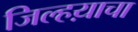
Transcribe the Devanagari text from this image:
जिल्हय़ाचा